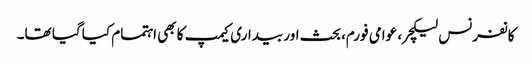
کانفرنس لیکچر، عوامی فورم، بحث اور بیداری کیمپ کا بھی اہتمام کیا گیا تھا۔